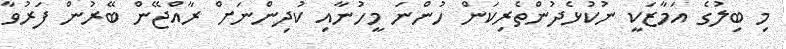
މި ބިލުގެ އަމާޒަކީ ނުކުޅެދުންތެރިކަން ހުންނަ މީހުނާއި ކުދިންނަށް ރާއްޖޭން ބޭރުން ފަރުވާ